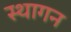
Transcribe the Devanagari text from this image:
स्थागन